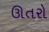
ઊતરો